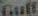
Gulf